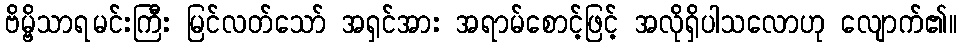
ဗိမ္ဗိသာရမင်းကြီး မြင်လတ်သော် အရှင်အား အရာမ်စောင့်ဖြင့် အလိုရှိပါသလောဟု လျောက်၏။